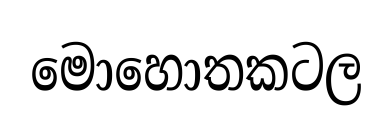
මොහොතකටල